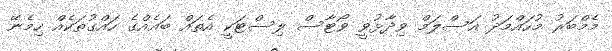
މެމްބަރު މުހައްމަދު އަސްލަމް ވިދާޅުވީ ވޯޓާސް ލިސްޓަކީ އެތައް ބައެއްގެ ހައްގުތަކެއް ހިމެނޭ